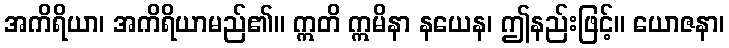
အကိရိယာ၊ အကိရိယာမည်၏။ ဣတိ ဣမိနာ နယေန၊ ဤနည်းဖြင့်။ ယောဇနာ၊